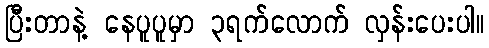
ပြီးတာနဲ့ နေပူပူမှာ ၃ရက်လောက် လှန်းပေးပါ။